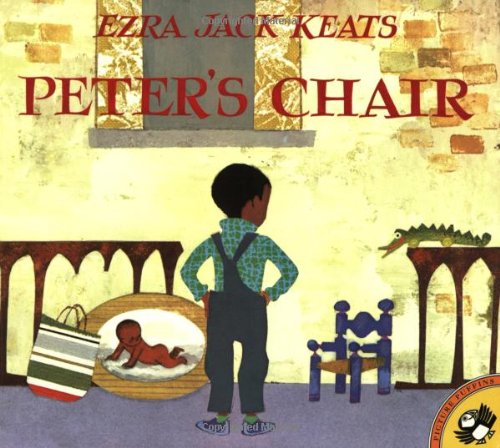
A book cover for Peter's Chair (Picture Puffins); Ezra Jack Keats; Children's Books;